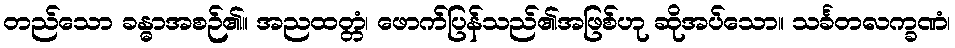
တည်သော ခန္ဓာအစဉ်၏။ အညထတ္တံ၊ ဖောက်ပြန်သည်၏အဖြစ်ဟု ဆိုအပ်သော။ သင်္ခတလက္ခဏံ၊